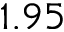
1 . 9 5